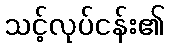
သင့်လုပ်ငန်း၏